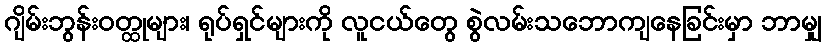
ဂျိမ်းဘွန်းဝတ္ထုများ၊ ရုပ်ရှင်များကို လူငယ်တွေ စွဲလမ်းသဘောကျနေခြင်းမှာ ဘာမျှ